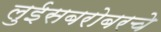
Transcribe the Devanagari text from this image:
लुईसबरोबरचे